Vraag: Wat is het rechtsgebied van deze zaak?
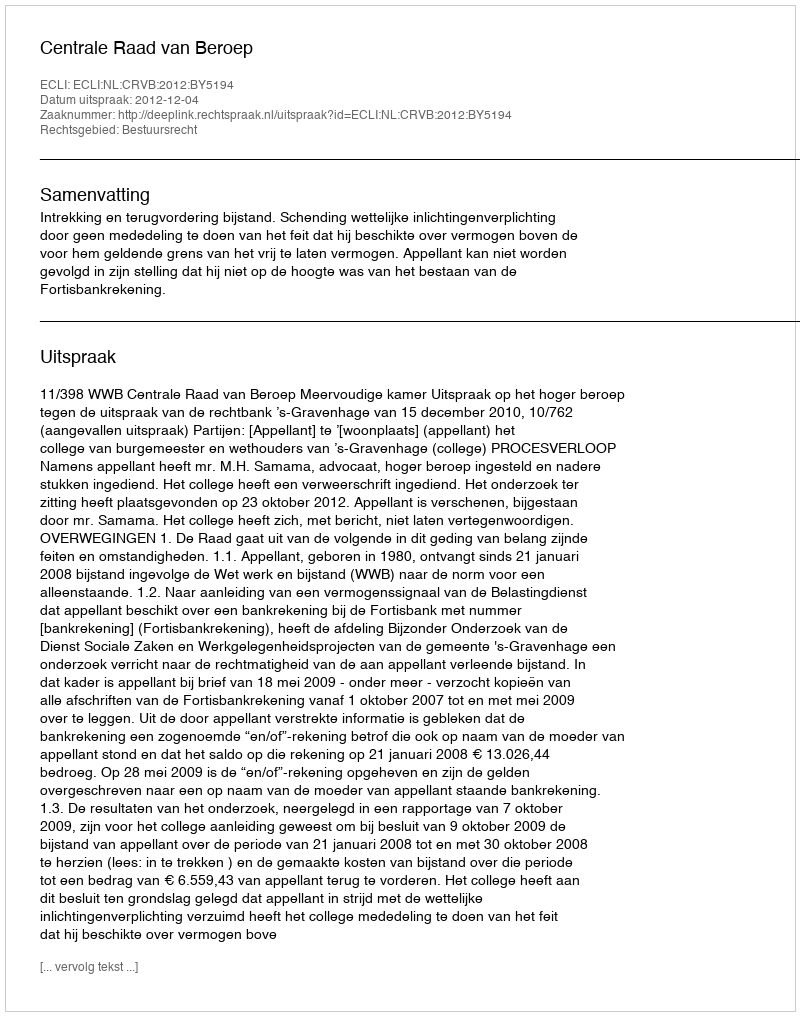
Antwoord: Bestuursrecht